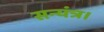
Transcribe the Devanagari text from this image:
सन्यंत्र।